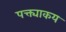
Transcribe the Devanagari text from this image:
पक्त्याकय